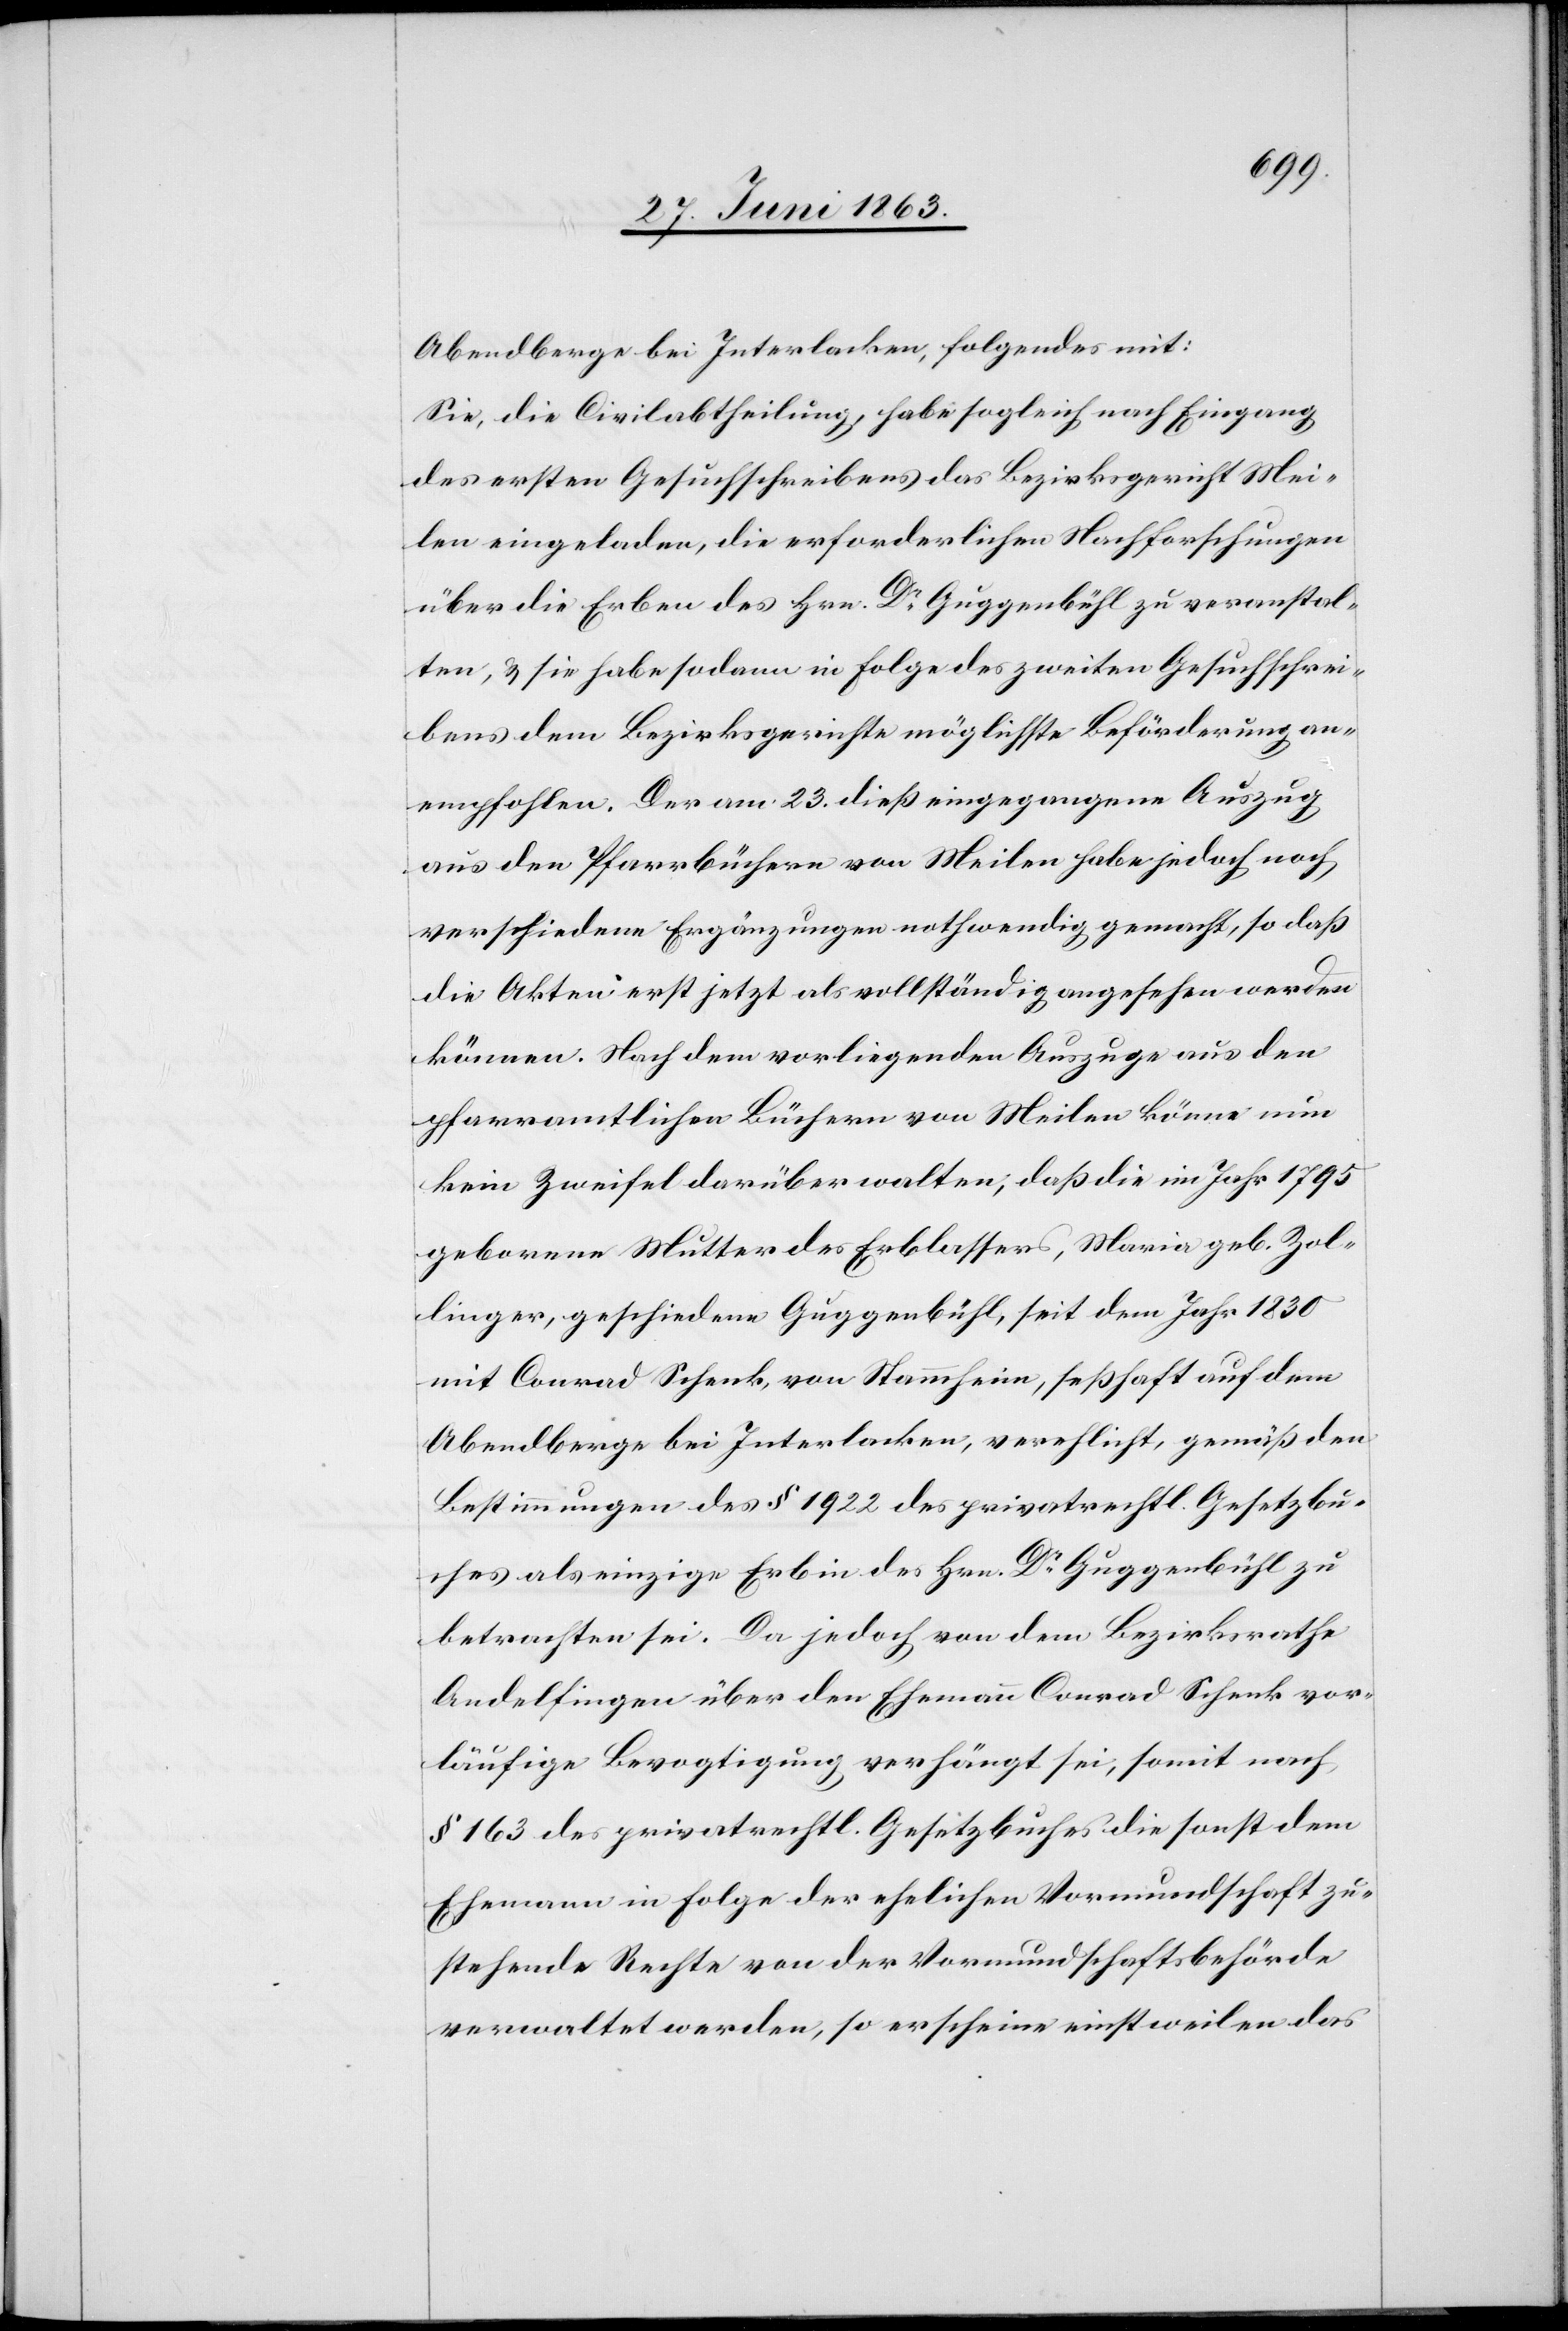
Abendberge bei Interlacken, folgendes mit:
Sie, die Civilabtheilung, habe sogleich nach Eingang
des ersten Gesuchschreibens das Bezirksgericht Mei¬
len eingeladen, die erforderlichen Nachforschungen
über die Erben des Hrn. Dr Guggenbühl zu veranstal¬
ten, & sie habe sodann in Folge des zweiten Gesuchschrei¬
bens dem Bezirksgerichte möglichste Beförderung an¬
empfohlen. Der am 23. dieß eingegangene Auszug
aus den Pfarrbüchern von Meilen habe jedoch noch
verschiedene Ergänzungen nothwendig gemacht, so daß
die Akten erst jetzt als vollständig angesehen werden
können. Nach dem vorliegenden Auszuge aus den
pfarramtlichen Büchern von Meilen könne nun
kein Zweifel darüber walten, daß die im Jahr 1795
geborene Mutter des Erblassers, Maria geb. Zol¬
linger, geschiedene Guggenbühl, seit dem Jahr 1830
mit Conrad Schenk, von Stammheim, seßhaft auf dem
Abendberge bei Interlacken, verehlicht, gemäß den
Bestimmungen des § 1922 des privatrechtl. Gesetzbu¬
ches als einzige Erbin des Hrn. Dr Guggenbühl zu
betrachten sei. Da jedoch von dem Bezirksrathe
Andelfingen über den Ehemann Conrad Schenk vor¬
läufige Bevogtigung verhängt sei, somit nach
§ 163 des privatrechtl. Gesetzbuches die sonst dem
Ehemann in Folge der ehelichen Vormundschaft zu¬
stehende Rechte von der Vormundschaftsbehörde
verwaltet werden, so erscheine einstweilen das